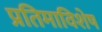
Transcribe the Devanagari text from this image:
प्रतिमाविशेष